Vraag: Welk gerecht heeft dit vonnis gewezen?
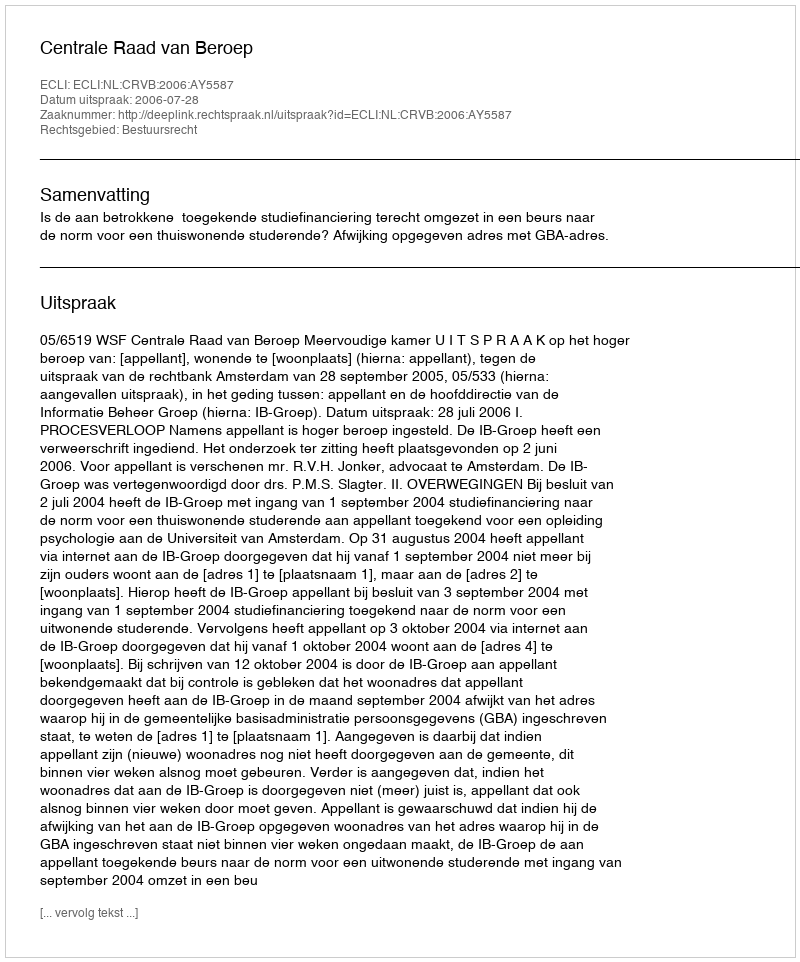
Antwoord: Centrale Raad van Beroep